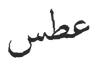
عطس